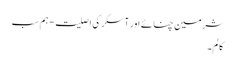
شرمین چنائے اور آسکر کی اصلیت - ہم سب
کالم۔